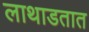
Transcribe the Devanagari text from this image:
लाथाडतात